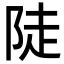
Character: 陡